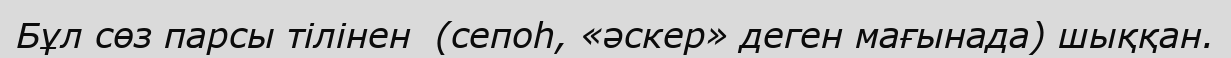
Бұл сөз парсы тілінен  (сепоһ, «әскер» деген мағынада) шыққан.